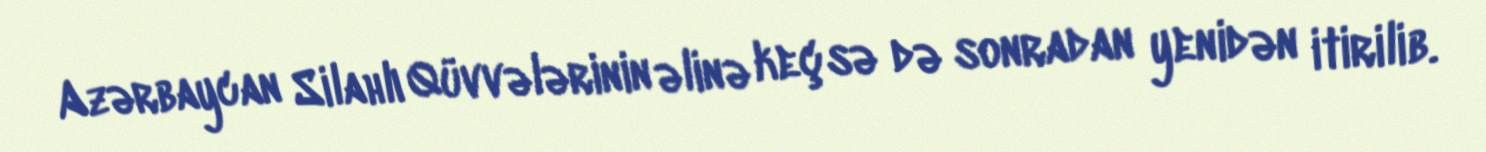
Azərbaycan Silahlı Qüvvələrinin əlinə keçsə də sonradan yenidən itirilib.